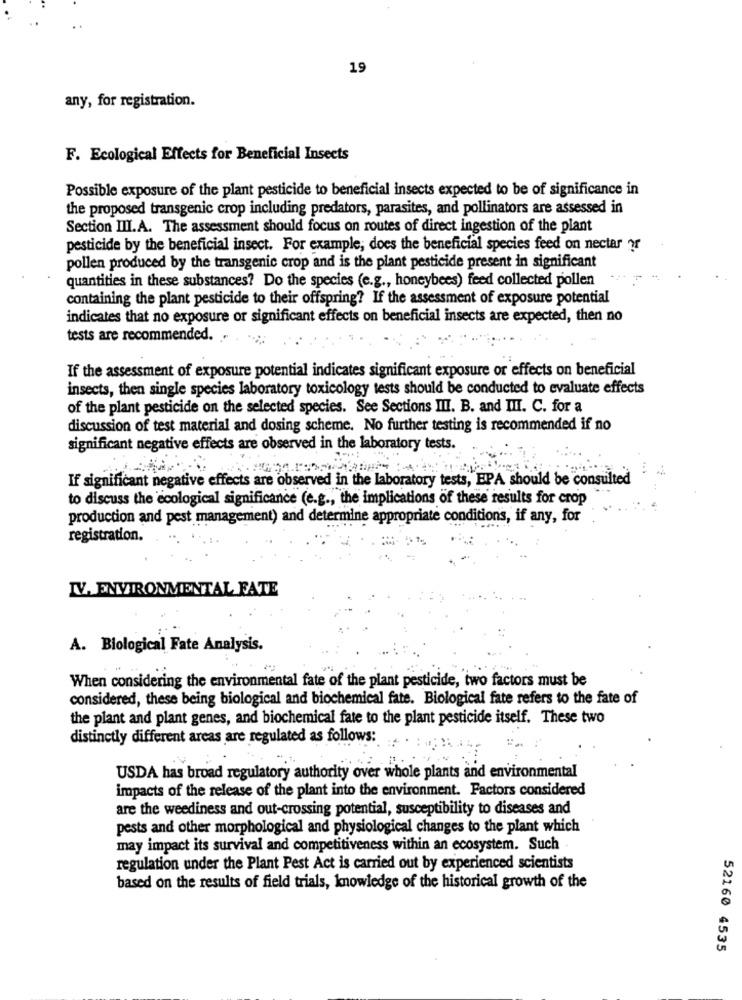
19
any, for registration.
F. Ecological Effects for Beneficial Insects
Possible exposure of the plant pesticide to beneficial insects expected to be of significance in
the proposed transgenic crop including predators, parasites, and pollinators are assessed in
Section III.A. The assessment should focus on routes of direct ingestion of the plant
pesticide by the beneficial insect. For example, does the beneficial species feed on nectar or
pollen produced by the transgenic crop and is the plant pesticide present in significant
quantities in these substances? Do the species (e.g ., honeybees) feed collected pollen
containing the plant pesticide to their offspring? If the assessment of exposure potential
indicates that no exposure or significant effects on beneficial insects are expected, then no
tests are recommended.
If the assessment of exposure potential indicates significant exposure or effects on beneficial
insects, then single species laboratory toxicology tests should be conducted to evaluate effects
of the plant pesticide on the selected species. See Sections III. B. and III. C. for a
discussion of test material and dosing scheme. No further testing is recommended if no
significant negative effects are observed in the laboratory tests.
If significant negative effects are observed in the laboratory tests, EPA should be consulted
to discuss the ecological significance (e.g ., the implications of these results for crop
production and pest management) and determine appropriate conditions, if any, for
registration.
IV. ENVIRONMENTAL FATE
A. Biological Fate Analysis.
When considering the environmental fate of the plant pesticide, two factors must be
considered, these being biological and biochemical fate. Biological fate refers to the fate of
the plant and plant genes, and biochemical fate to the plant pesticide itself. These two
distinctly different areas are regulated as follows:
USDA has broad regulatory authority over whole plants and environmental
impacts of the release of the plant into the environment. Factors considered
are the weediness and out-crossing potential, susceptibility to diseases and
pests and other morphological and physiological changes to the plant which
may impact its survival and competitiveness within an ecosystem. Such
regulation under the Plant Pest Act is carried out by experienced scientists
based on the results of field trials, knowledge of the historical growth of the
52160 4535